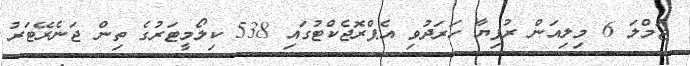
ޖުމްލަ 6 މިލިއަން ރުފިޔާ ހަރަދުވި އެޕްރޮޖެކްޓުގައި 538 ކިލޯމީޓަރުގެ ތިން ޖަނެރޭޓަރު